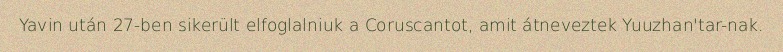
Yavin után 27-ben sikerült elfoglalniuk a Coruscantot, amit átneveztek Yuuzhan'tar-nak.